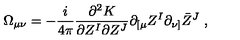
\Omega _ { \mu \nu } = - \frac i { 4 \pi } \frac { \partial ^ { 2 } K } { \partial Z ^ { I } \partial Z ^ { J } } \partial _ { [ \mu } Z ^ { I } \partial _ { \nu ] } \bar { Z } ^ { J } \ ,